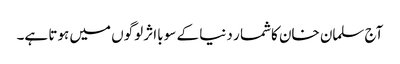
آج سلمان خان کاشما ر دنیا کے سو بااثر لوگوں میں ہوتا ہے۔